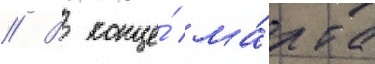
// В конце́ ма́рта